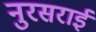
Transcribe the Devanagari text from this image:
नुरसराई